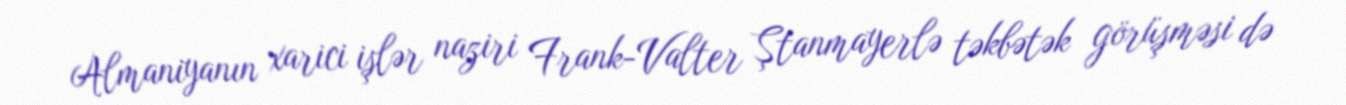
Almaniyanın xarici işlər naziri Frank-Valter Ştanmayerlə təkbətək görüşməsi də